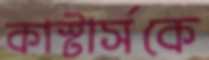
কাস্টার্সকে